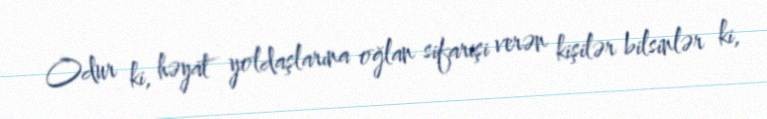
Odur ki, həyat yoldaşlarına oğlan sifarişi verən kişilər bilsinlər ki,